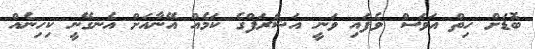
ބޮޑަށް ހިތް އަވަސް ވެފައި ވަނީ އަޝްރަފްގެ ކަމެއް އޭނާއަށް އެނގޭނީ ކިހިނެއް